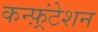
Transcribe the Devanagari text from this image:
कन्फ़्रंटेशन